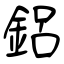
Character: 鋁